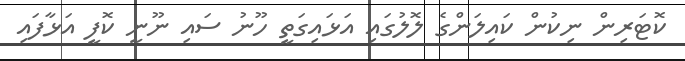
ކޮޓަރިން ނިކުން ކައިލަންގެ ލޮލުގައި އަޅައިގަތީ ހޫނު ސައި ނޫނީ ކޮފީ އަޅާފައި